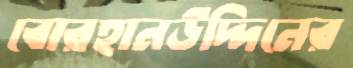
বোরহানউদ্দিনের